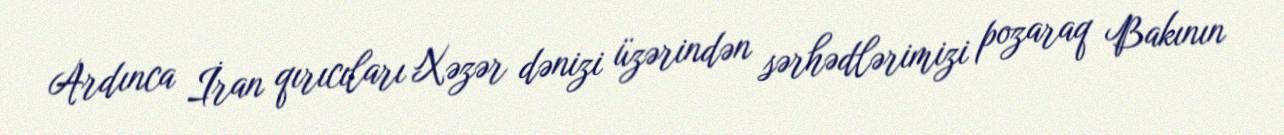
Ardınca İran qırıcıları Xəzər dənizi üzərindən sərhədlərimizi pozaraq Bakının